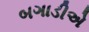
બગાડીએ